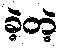
ခဲ့တဲ့